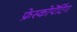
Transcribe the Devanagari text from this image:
फ्रेस्कोपेंटिंग